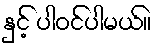
နှင့် ပါဝင်ပါမယ်။